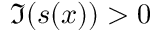
\Im ( s ( x ) ) > 0